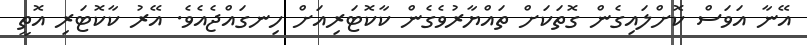
އޭނާ އަވަސް ކޮށްލައިގެން ގޮތަކަށް ތައްޔާރުވެގެން ކާކޮޓަރިއަށް ހިނގައްޖެއެވެ. އޭރު ކާކޮޓަރި އޮތީ